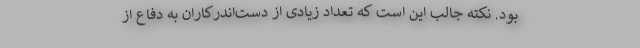
بود. نکته جالب این است که تعداد زیادی از دست‌اندرکاران به دفاع از